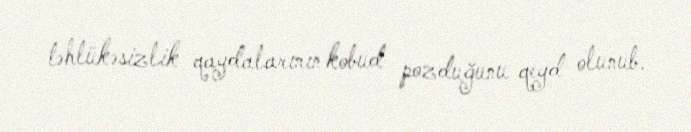
təhlükəsizlik qaydalarının kobud pozduğunu qeyd olunub.